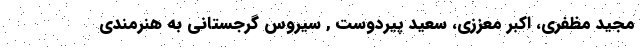
مجید مظفری، اکبر معززی، سعید پیردوست , سیروس گرجستانی به هنرمندی